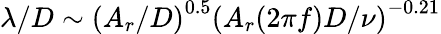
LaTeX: \lambda/D\sim\left(A_{r}/D\right)^{0.5}\left(A_{r}(2\pi f)D/\nu\right)^{-0.21}